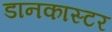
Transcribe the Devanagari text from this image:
डानकास्टर